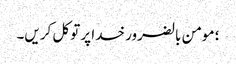
؛ مومن بالضرور خدا پر توکل کریں۔